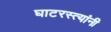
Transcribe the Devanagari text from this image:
घाटरस्त्यांनी